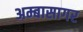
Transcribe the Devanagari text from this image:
अम्बासागर